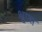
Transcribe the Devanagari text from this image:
श्वाश